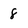
Character: 8